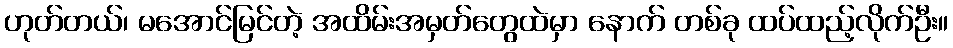
ဟုတ်တယ်၊ မအောင်မြင်တဲ့ အထိမ်းအမှတ်တွေထဲမှာ နောက် တစ်ခု ထပ်ထည့်လိုက်ဦး။